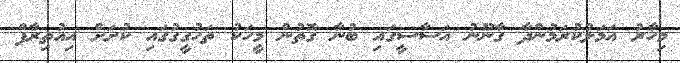
މިހާރު އަމަލުކުރަމުންދާ ގާނޫނު އަސާސީގައި ބުނާ ގޮތުން މީހަކު ތަހުގީގުގައި ކުށަށް އިއުތިރާފް